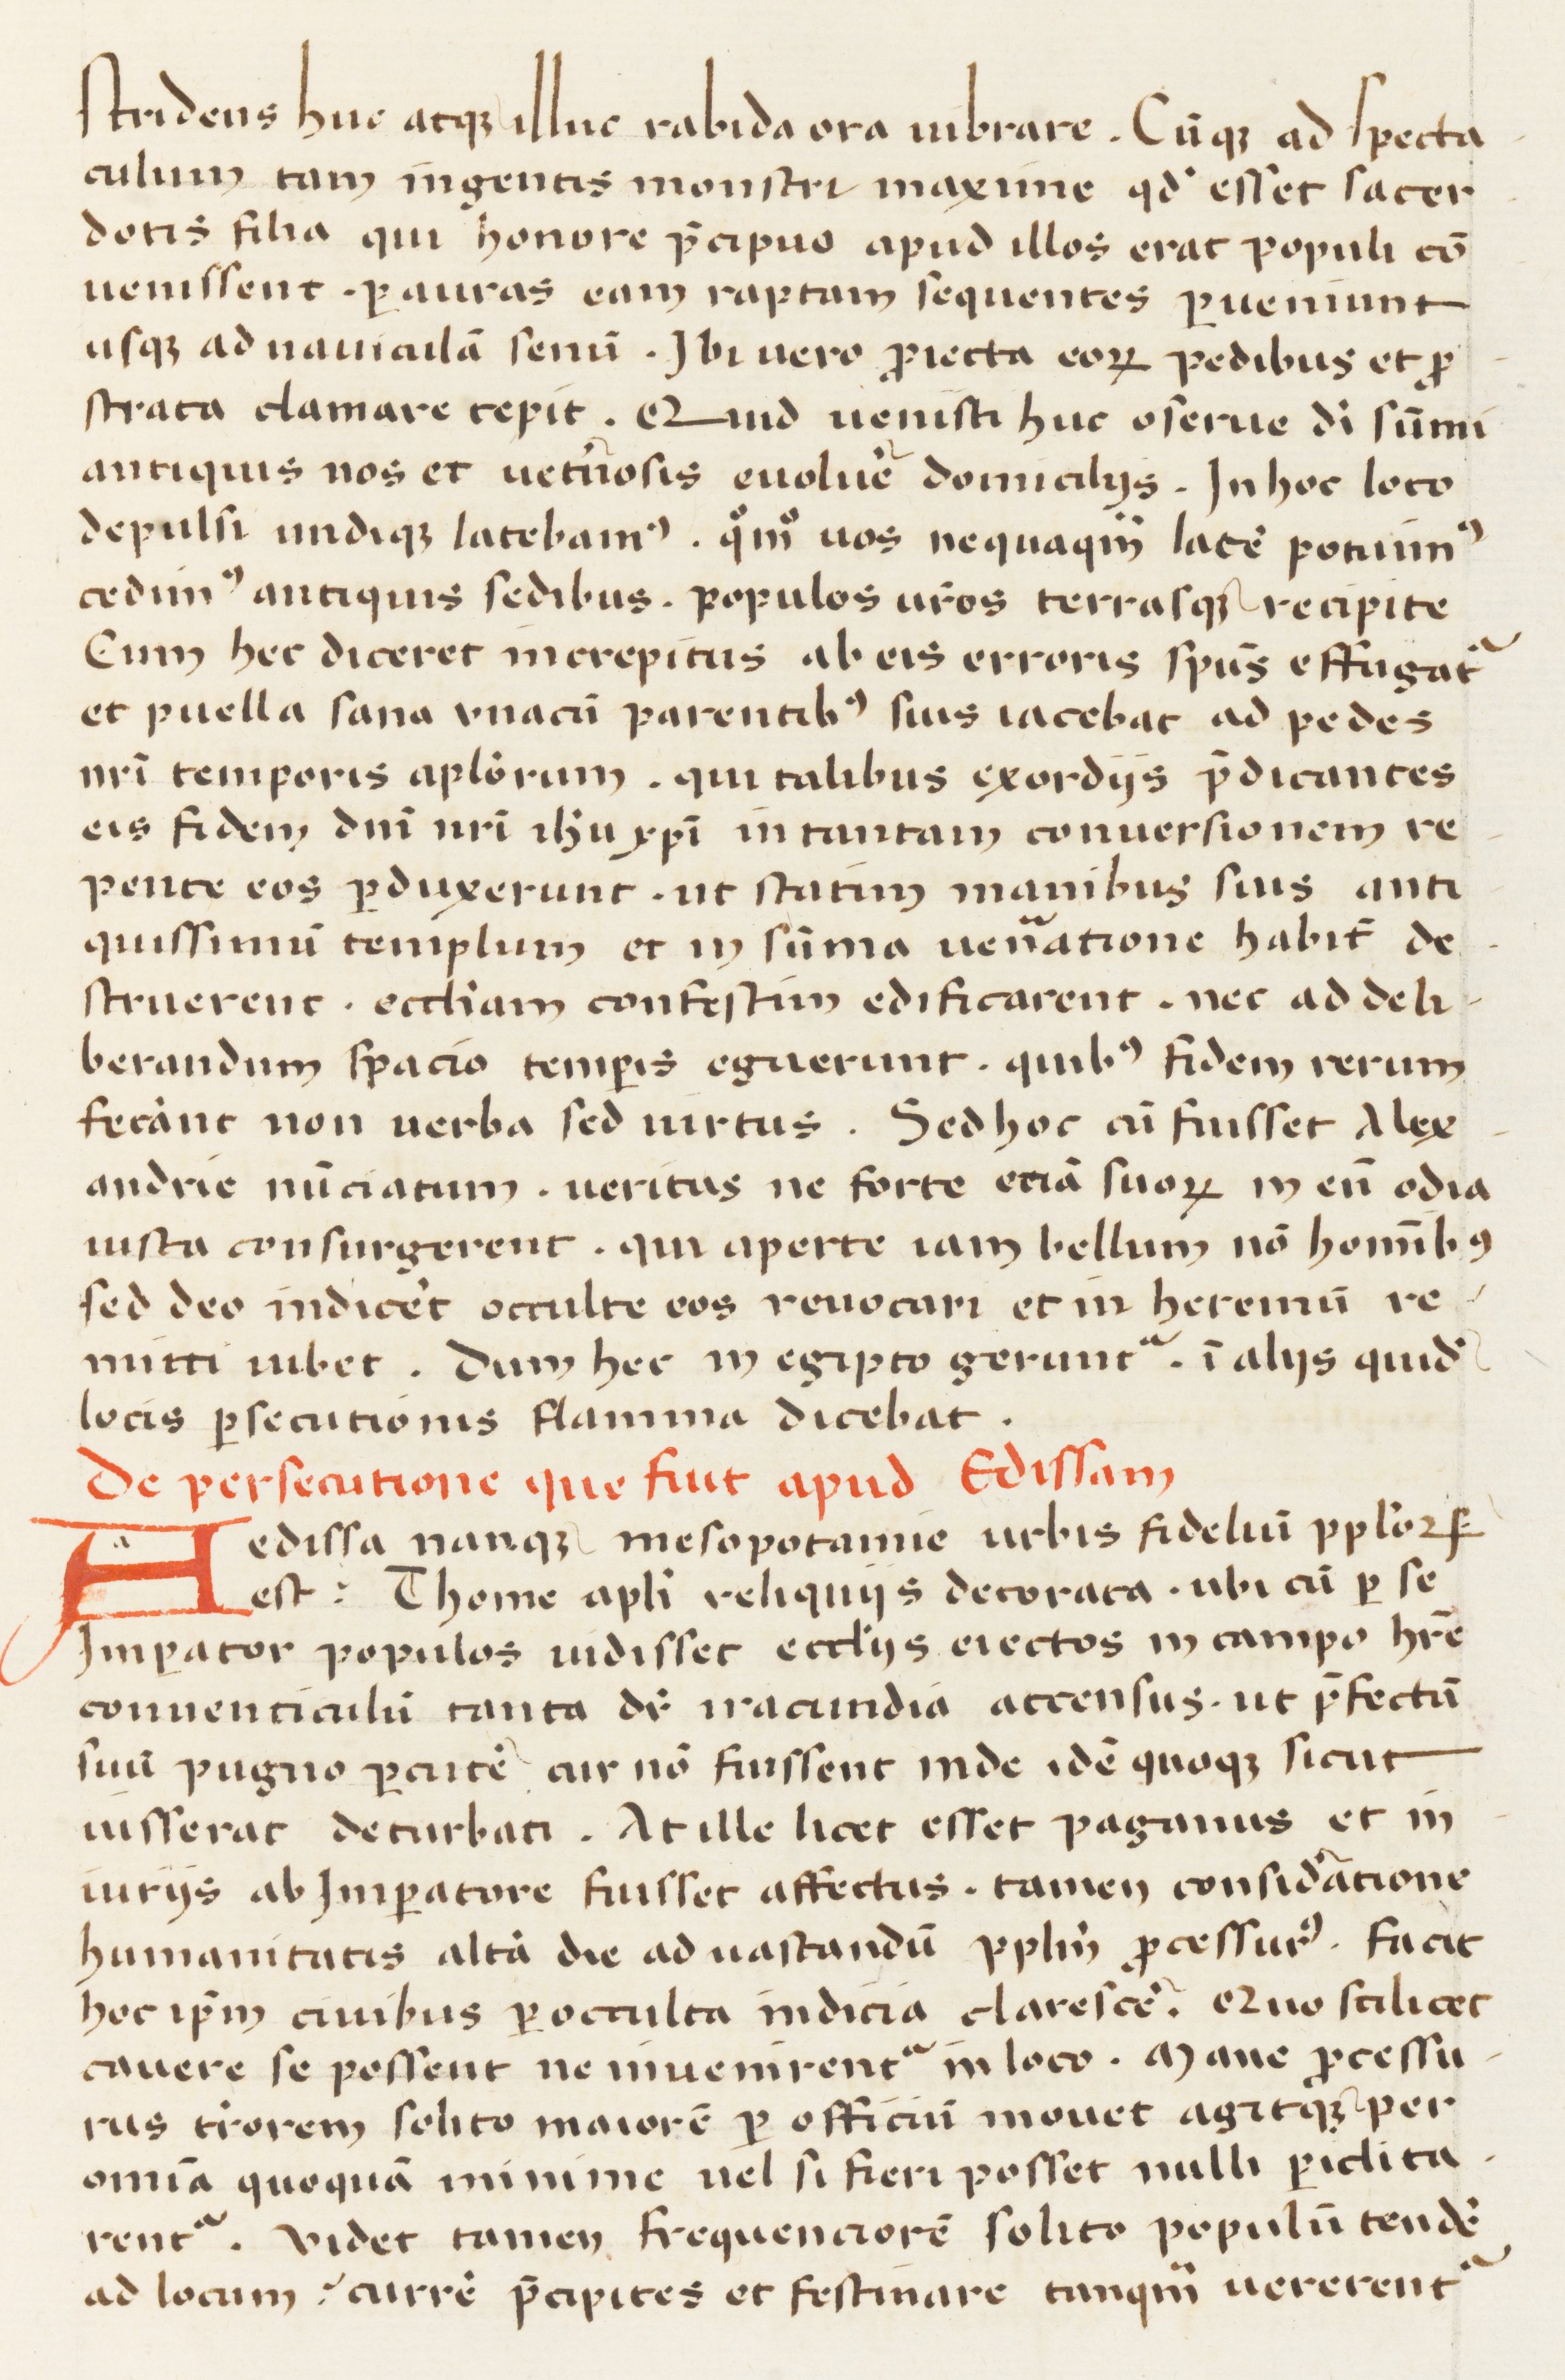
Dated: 1400–1599